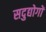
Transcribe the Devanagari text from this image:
सदुद्योगों